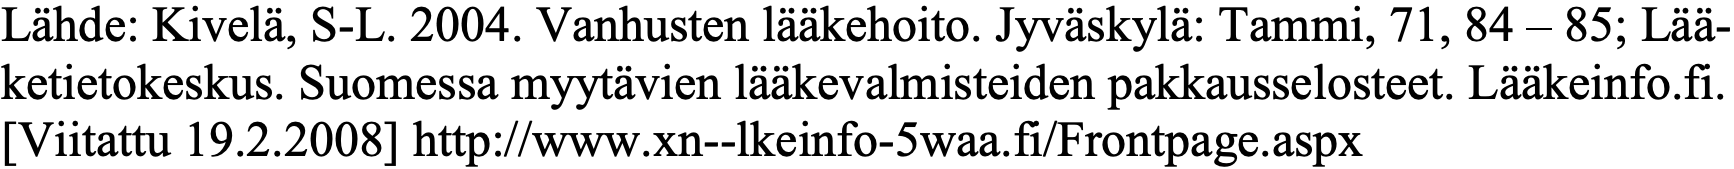
Lähde: Kivelä, S-L. 2004. Vanhusten lääkehoito. Jyväskylä: Tammi, 71, 84 – 85; Lää- ketietokeskus. Suomessa myytävien lääkevalmisteiden pakkausselosteet. Lääkeinfo.fi. [Viitattu 19.2.2008] http://www.xn--lkeinfo-5waa.fi/Frontpage.aspx